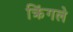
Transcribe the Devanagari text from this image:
क्रिंगले